Tezpur Lunatic Asylum reports 1895-1904 - 1895-1904
Year: 1895
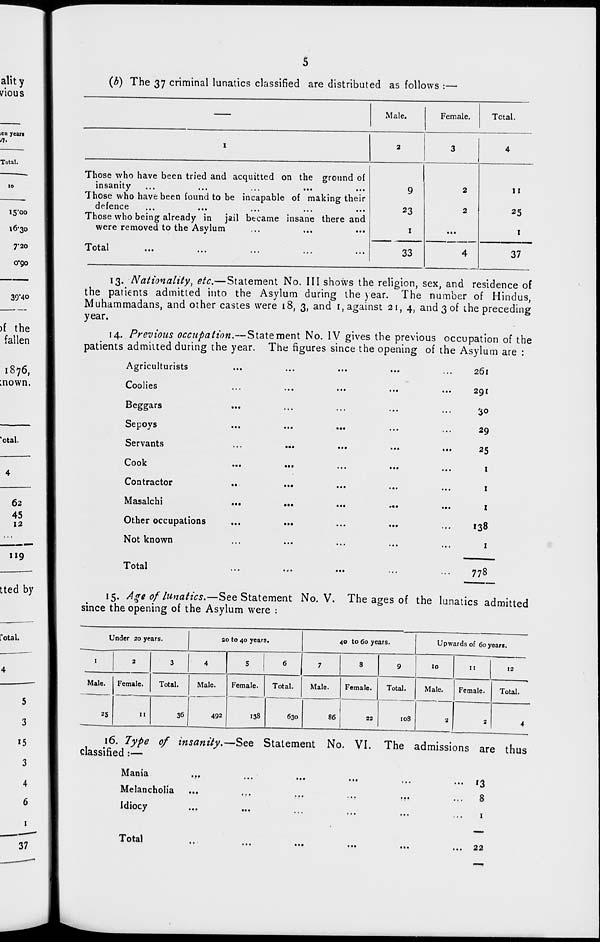
alit y
vious
icn years
Total.
(b) The 37 criminal lunatics classified are distributed as follows :—
)f the
fallen
1876,
:nown.
Male.
Female.
Total.
I
2
3
4
Those who have been tried and acquitted on the ground of
insanity
Those who have been found to be incapable of making their
defence
...
•••
...
...
...
Those who being already in jail became insane there and
were removed to the Asylum
9
23
1
2
2
II
25
I
J. OLcll
•••
, 1 *
, 1 •
...
•••
33
4
37
13. Nationality, etc.—Statement No. Ill shows the religion, sex, and residence of
the patients admitted into the Asylum during the year. The number of Hindus,
Muhammadans, and other castes were 18, 3, and 1, against 21, 4, and 3 of the preceding
year.
14. Previous occupation.—Statement No. IV gives the previous occupation of the
patients admitted during the year. The figures since the opening of the Asylum are :
Agriculturists
Coolies
Beggars
Sepoys
Servants
Cook
Contractor
Masalchi
Other occupations
Not known
Total
261
291
30
29
25
1
1
1
138
1
778
,'otal.
15. Age of lunatics.—See Statement No. V. The ages of the lunatics admitted
since the opening of the Asylum were :
Under 20 years.
20 to 40 years.
40 to 60 years.
Upwards of 60 years.
1
2
3
4
5
6
7
8
9
10
11
12
Male.
Female.
Total.
Male.
Female.
138
Total.
Male.
Female.
Total.
Male.
Female.
Total.
25
11
36
492
630
86
22
10S
2
2
4
16. Type of insa?iity.-
classified :—
Mania
...
Melancholia
Idiocy
-See Statement No. VI. The admissions are th us
• ••
...
•ft
... 13
...
o
Total
22